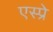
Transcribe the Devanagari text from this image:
एस्प्रे